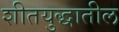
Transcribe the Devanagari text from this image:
शीतयुद्धातील